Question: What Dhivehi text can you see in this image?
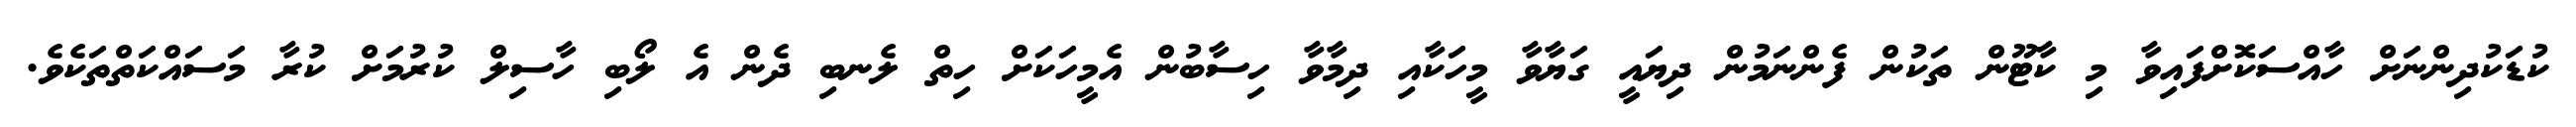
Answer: ކުޑަކުދިންނަށް ހާއްސަކޮށްފައިވާ މި ކާޓޫން ތަކުން ފެންނަމުން ދިޔައީ ގަޔާވާ މީހަކާއި ދިމާވާ ހިސާބުން އެމީހަކަށް ހިތް ލެނބި ދެން އެ ލޯބި ހާސިލް ކުރުމަށް ކުރާ މަސައްކަތްތަކެވެ.